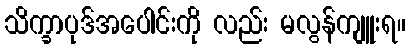
သိက္ခာပုဒ်အပေါင်းကို လည်း မလွန်ကျူးရ။